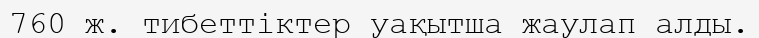
760 ж. тибеттіктер уақытша жаулап алды.